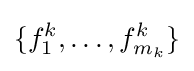
\{f_{1}^{k},\ldots ,f_{m_{k}}^{k}\}